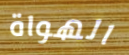
الهواة